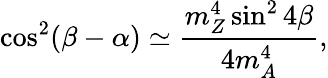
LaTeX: \cos^{2}(\beta-\alpha)\simeq\frac{m_{Z}^{4}\sin^{2}4\beta}{4m_{A}^{4}},